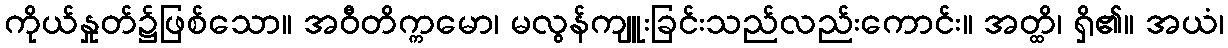
ကိုယ်နှုတ်၌ဖြစ်သော။ အဝီတိက္ကမော၊ မလွန်ကျူးခြင်းသည်လည်းကောင်း။ အတ္ထိ၊ ရှိ၏။ အယံ၊